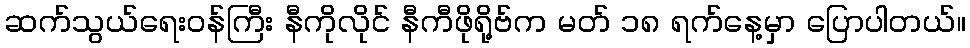
ဆက်သွယ်ရေးဝန်ကြီး နီကိုလိုင် နီကီဖိုရို့ဗ်က မတ် ၁၈ ရက်နေ့မှာ ပြောပါတယ်။